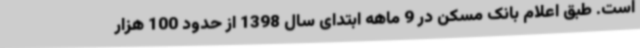
است. طبق اعلام بانک مسکن در 9 ماهه ابتدای سال 1398 از حدود 100 هزار